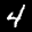
Label: 4